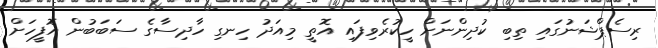
ރިސެޕްޝަނުގައި ތިބި ކުދިންނަށް ހީކުރެވިފައި އޮތީ މިއަދު ހިނގި ހާދިސާގެ ސަބަބުން އޮފީހަށް